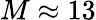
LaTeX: M\approx 13